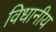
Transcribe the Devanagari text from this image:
विधानीय